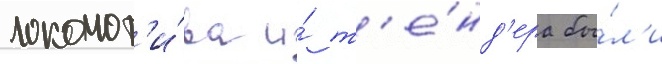
локомот'и́ва и́ т'е́нд'ера бы́л'и